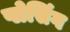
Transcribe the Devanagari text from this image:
प्लेसिंग